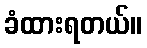
ခံထားရတယ်။